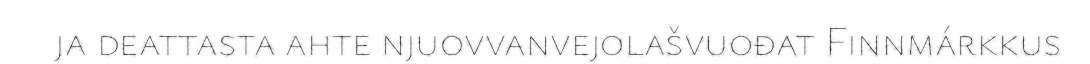
ja deattasta ahte njuovvanvejolašvuođat Finnmárkkus